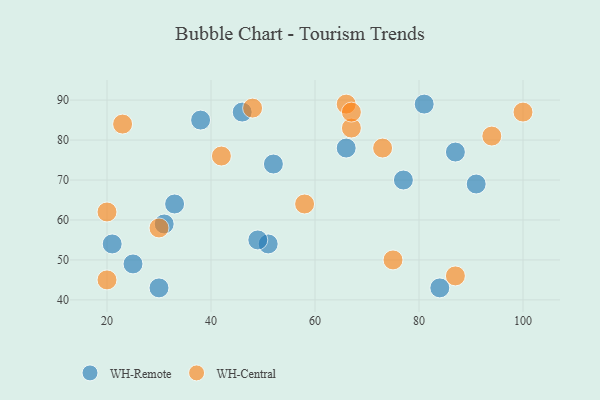
{"axis": {"x": "GDP", "y": "Life Expectancy"}, "legend": ["WH-Central", "WH-Remote"], "data": [{"x": "51", "y": 54, "type": "WH-Remote"}, {"x": "33", "y": 64, "type": "WH-Remote"}, {"x": "46", "y": 87, "type": "WH-Remote"}, {"x": "38", "y": 85, "type": "WH-Remote"}, {"x": "77", "y": 70, "type": "WH-Remote"}, {"x": "91", "y": 69, "type": "WH-Remote"}, {"x": "66", "y": 78, "type": "WH-Remote"}, {"x": "49", "y": 55, "type": "WH-Remote"}, {"x": "52", "y": 74, "type": "WH-Remote"}, {"x": "87", "y": 77, "type": "WH-Remote"}, {"x": "81", "y": 89, "type": "WH-Remote"}, {"x": "25", "y": 49, "type": "WH-Remote"}, {"x": "84", "y": 43, "type": "WH-Remote"}, {"x": "31", "y": 59, "type": "WH-Remote"}, {"x": "30", "y": 43, "type": "WH-Remote"}, {"x": "21", "y": 54, "type": "WH-Remote"}, {"x": "94", "y": 81, "type": "WH-Central"}, {"x": "48", "y": 88, "type": "WH-Central"}, {"x": "87", "y": 46, "type": "WH-Central"}, {"x": "58", "y": 64, "type": "WH-Central"}, {"x": "73", "y": 78, "type": "WH-Central"}, {"x": "67", "y": 83, "type": "WH-Central"}, {"x": "23", "y": 84, "type": "WH-Central"}, {"x": "100", "y": 87, "type": "WH-Central"}, {"x": "66", "y": 89, "type": "WH-Central"}, {"x": "67", "y": 87, "type": "WH-Central"}, {"x": "75", "y": 50, "type": "WH-Central"}, {"x": "42", "y": 76, "type": "WH-Central"}, {"x": "30", "y": 58, "type": "WH-Central"}, {"x": "20", "y": 62, "type": "WH-Central"}, {"x": "20", "y": 45, "type": "WH-Central"}]}